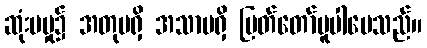
ဆုံးမမှု၌ အတုမရှိ အသာမရှိ မြတ်တော်မူပါပေသည်။